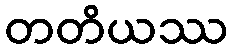
တတိယဿ